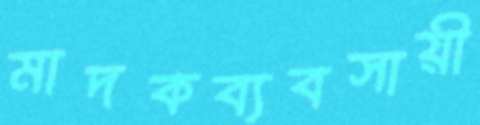
মাদকব্যবসায়ী